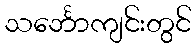
သင်္ဘောကျင်းတွင်